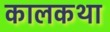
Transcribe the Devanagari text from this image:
कालकथा